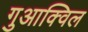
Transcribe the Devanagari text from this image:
गुआक्विल